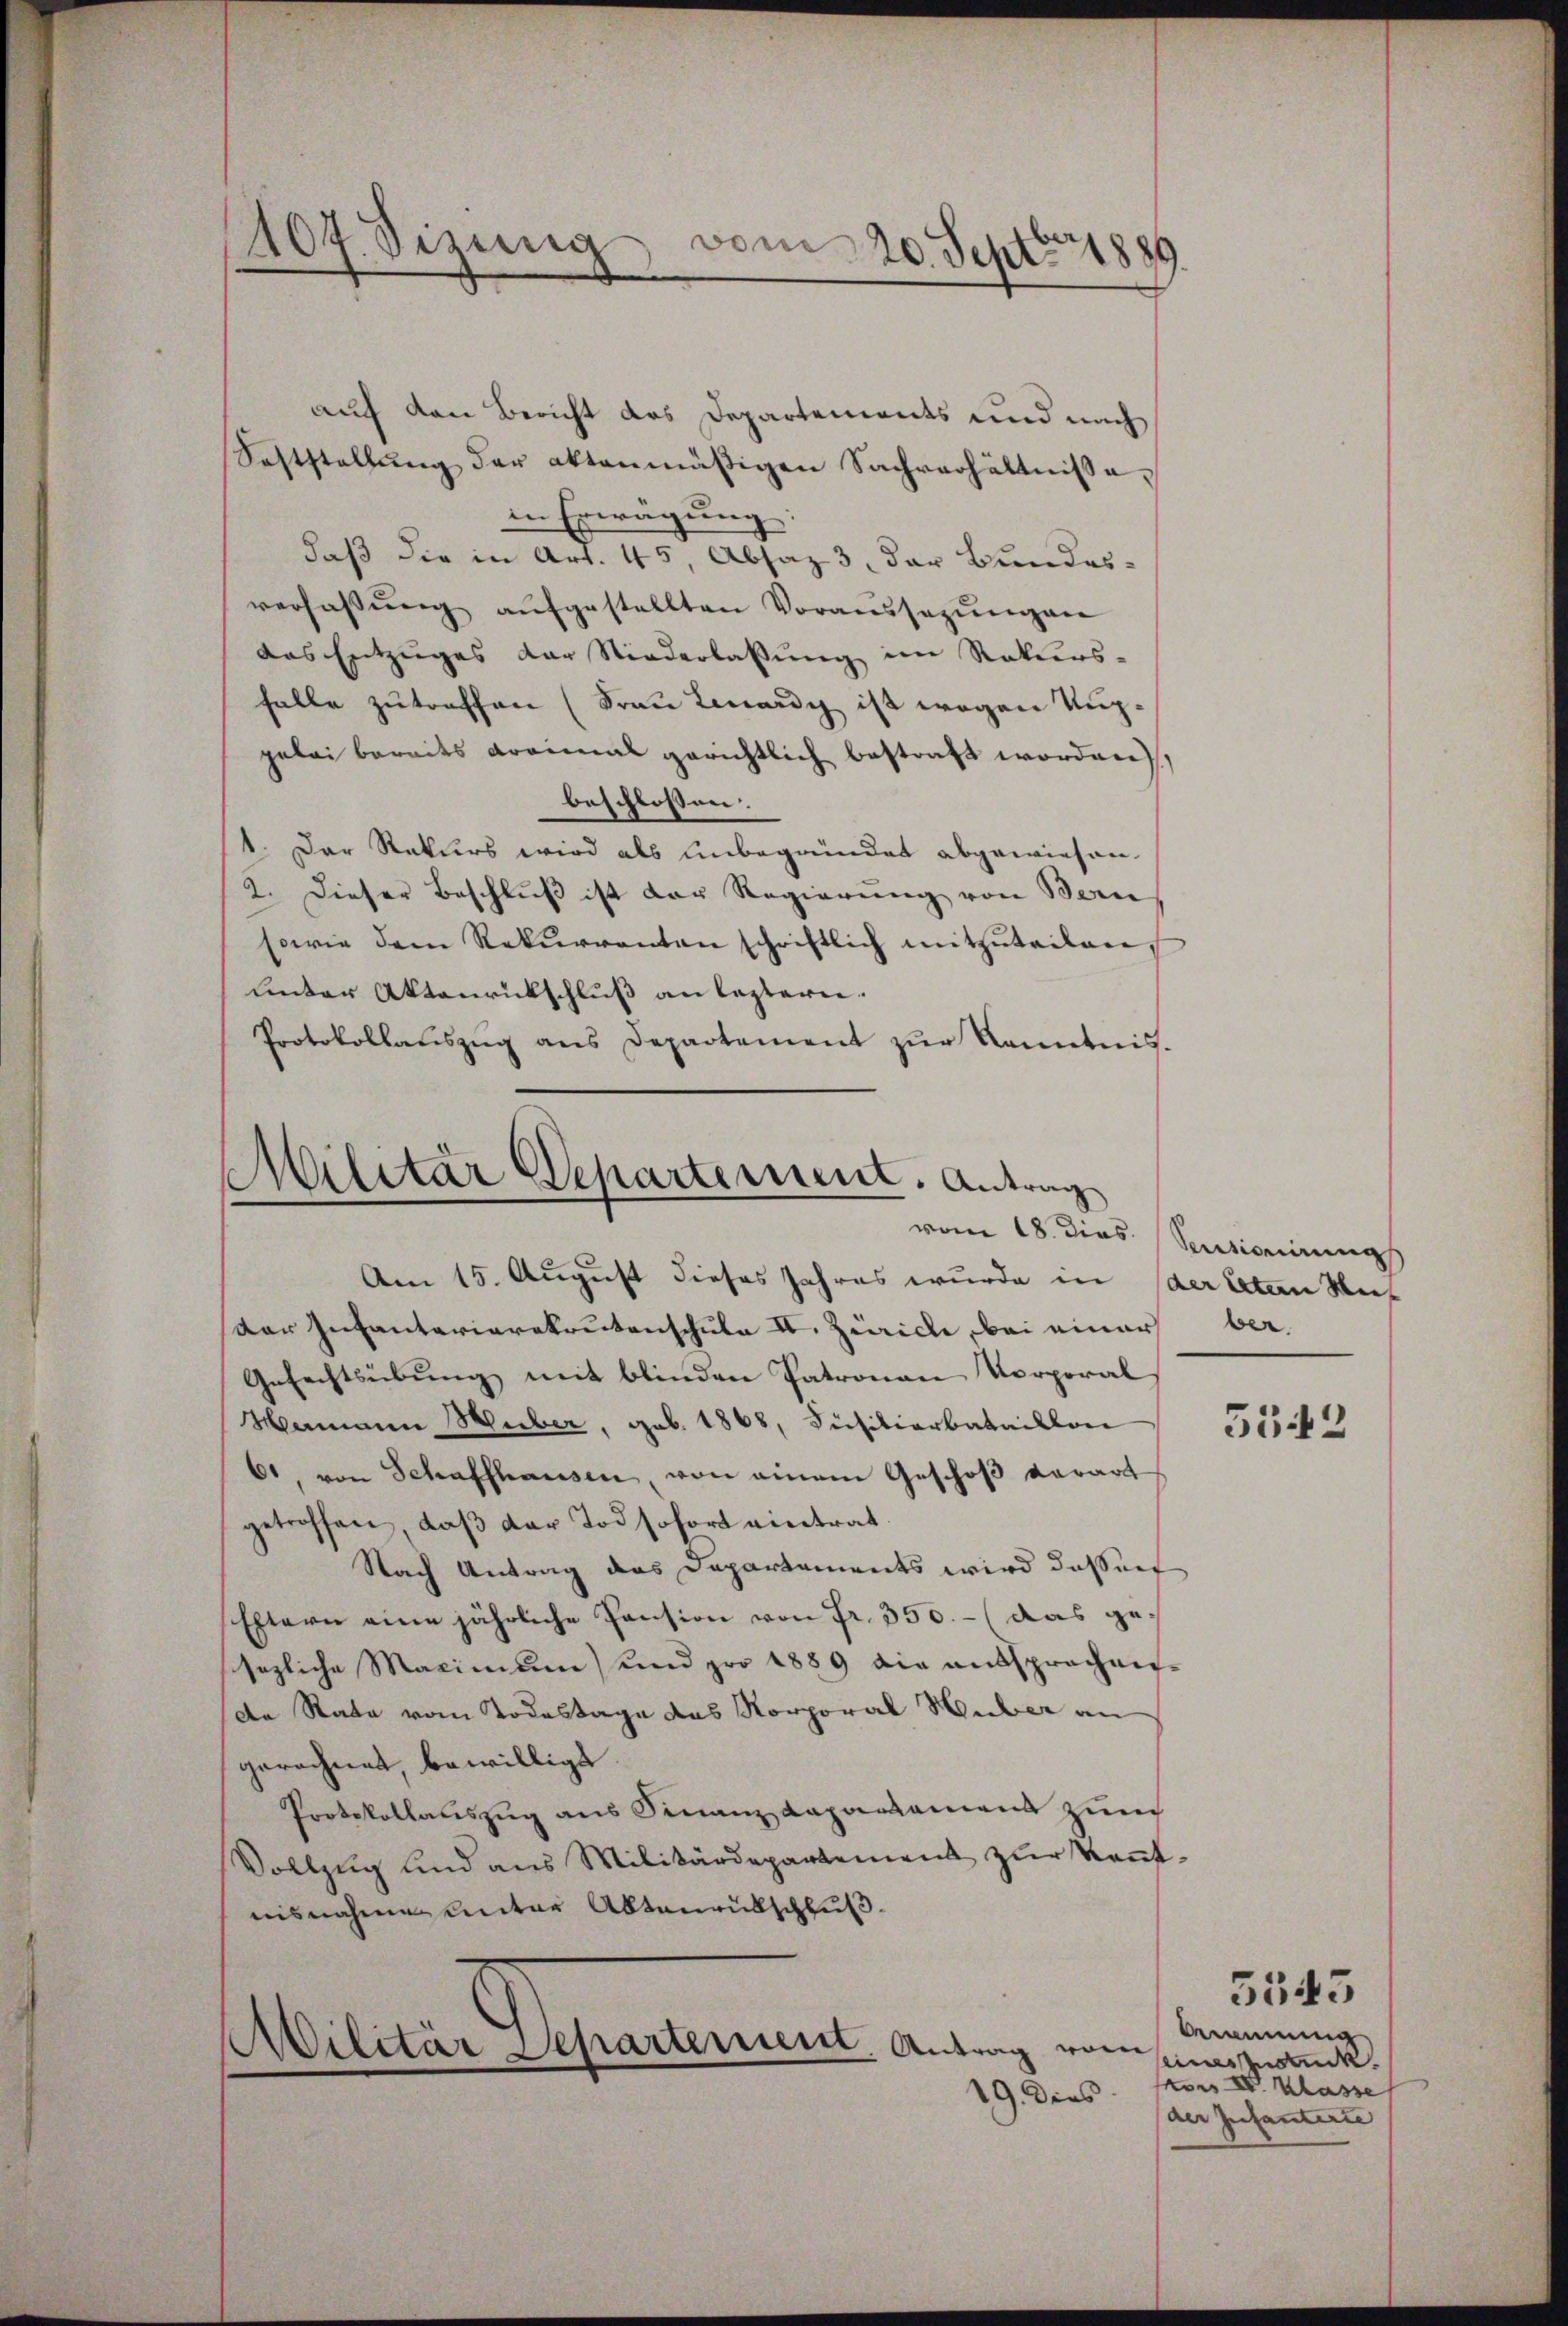
407. Sizung vom 20. Sept. 1889.

auf den Bericht des Departements und nach
Saststellŭng der aktenmäßigen Sachverhältnisse,
in Erwägung
daß die in Art. 45, Absaz 3. der Bundesverfassŭng aŭfgestellten Voraussezungen
das Entzuges der Niederlassung im Rekurs-
falle zutreffen (Frau Lenardy ist wegen Kupgelei bereits dreimal gerichtlich bestraft worden,
beschlossen:
1. Der Rekurs wird als unbegründet abgewiesen.
2. Dieser Beschlŭβ ist der Regierŭng von Bern
sowie dem Rekŭrrenten schriftlich mitzŭteilen,
unter Aktenrückschluß an leztern.
Protokollaŭszŭg ans Departement zŭr Kenntnis.

Militar Departement. Antrag
vom 18. dies Sentionirung

Am 15. August dieses Jahres wurde in der Arten Mut
Dar Infanterierekrutenschule II. Zürich, bei einer ber
Gefechtsübung mit blinden Patronau Vorporal
Hamann Huber, geb. 1868, Füsiliarbataillon
61, von Schaffhausen, von einem Geschoβ derart
getroffen, daß der Tod sofort eintrat
Nach Antrag das Departements wird dassert
Eltern eine jährliche Pension von Fr. 350.- (das gesezliche Maximum und pro 1889 die entsprechen-
de Rata vom Todestage das Korporal Huber an
gerechnet, bewilligt
Protokollauszug aus Finanz Raparkament zum
Vollzug und aus Militärdepartement zur Kenntnisnahme unter Abtaurübschluß

Militär Separtement. Antrag vom
19. dies

5542

Annung
eines Zuck
on IV Klasse
der Infanterie |

5543